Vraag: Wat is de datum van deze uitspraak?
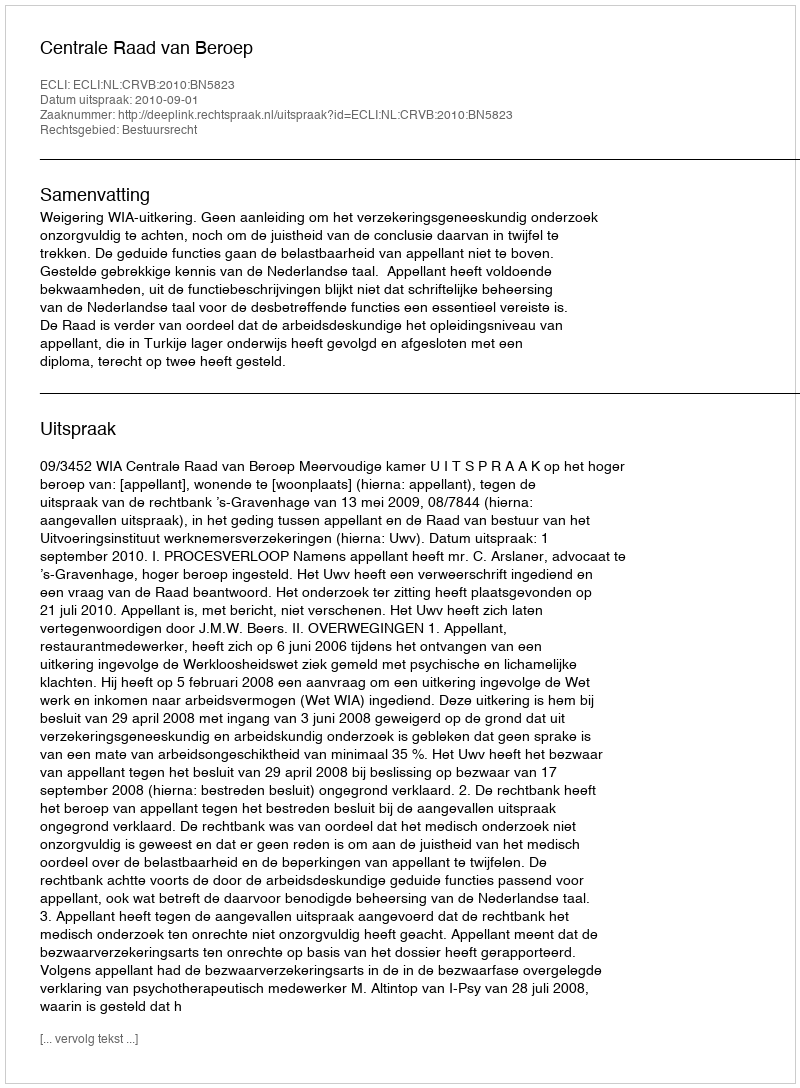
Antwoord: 2010-09-01